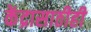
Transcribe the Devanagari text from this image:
केंद्रासाठीही